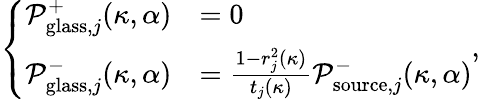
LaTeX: \left\{ \begin{array}{ll}{\mathcal{P}_{\mathrm{glass},j}^{+}(\kappa,\alpha)}&{=0}\\ {\mathcal{P}_{\mathrm{glass},j}^{-}(\kappa,\alpha)}&{=\frac{1-r_{j}^{2}(\kappa)}{t_{j}(\kappa)}\mathcal{P}_{\mathrm{source},j}^{-}(\kappa,\alpha)}\end{array}\right.,